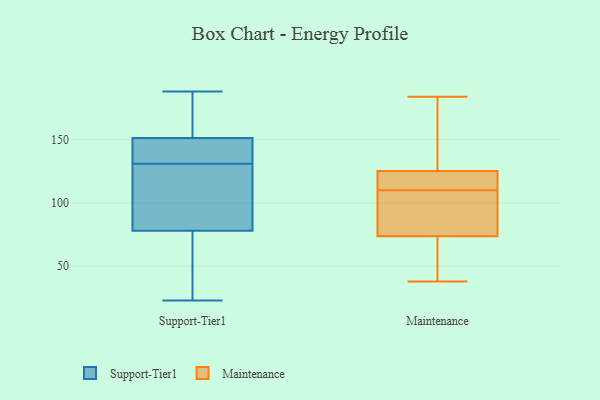
{"axis": {"x": "Net Income (USD K)", "y": "Value"}, "legend": ["Maintenance", "Support-Tier1"], "data": [{"x": "", "y": 131, "type": "Support-Tier1"}, {"x": "", "y": 69, "type": "Support-Tier1"}, {"x": "", "y": 136, "type": "Support-Tier1"}, {"x": "", "y": 188, "type": "Support-Tier1"}, {"x": "", "y": 137, "type": "Support-Tier1"}, {"x": "", "y": 23, "type": "Support-Tier1"}, {"x": "", "y": 122, "type": "Support-Tier1"}, {"x": "", "y": 128, "type": "Support-Tier1"}, {"x": "", "y": 105, "type": "Support-Tier1"}, {"x": "", "y": 170, "type": "Support-Tier1"}, {"x": "", "y": 40, "type": "Support-Tier1"}, {"x": "", "y": 158, "type": "Support-Tier1"}, {"x": "", "y": 156, "type": "Support-Tier1"}, {"x": "", "y": 36, "type": "Support-Tier1"}, {"x": "", "y": 135, "type": "Support-Tier1"}, {"x": "", "y": 117, "type": "Maintenance"}, {"x": "", "y": 57, "type": "Maintenance"}, {"x": "", "y": 151, "type": "Maintenance"}, {"x": "", "y": 38, "type": "Maintenance"}, {"x": "", "y": 106, "type": "Maintenance"}, {"x": "", "y": 126, "type": "Maintenance"}, {"x": "", "y": 123, "type": "Maintenance"}, {"x": "", "y": 97, "type": "Maintenance"}, {"x": "", "y": 66, "type": "Maintenance"}, {"x": "", "y": 110, "type": "Maintenance"}, {"x": "", "y": 184, "type": "Maintenance"}]}